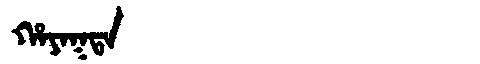
Manchu: ᡥᠠᠶᠠᡴᡨᠠ
Romanization: HAYAKTA